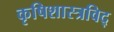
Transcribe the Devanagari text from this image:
कृषिशास्त्रविद्